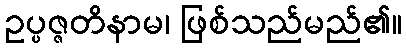
ဥပ္ပဇ္ဇတိနာမ၊ ဖြစ်သည်မည်၏။